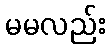
မမလည်း